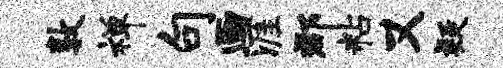
敦禅句画涯郡粘又疑